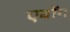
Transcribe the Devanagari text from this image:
एबोंग